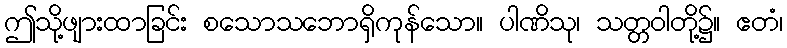
ဤသို့ဖျားထာခြင်း စသောသဘောရှိကုန်သော။ ပါဏိသု၊ သတ္တဝါတို့၌။ ဧတံ၊